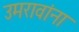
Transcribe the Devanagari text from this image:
उमरावांना